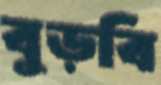
বুড়বি